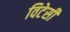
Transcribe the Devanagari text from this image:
विटेसी